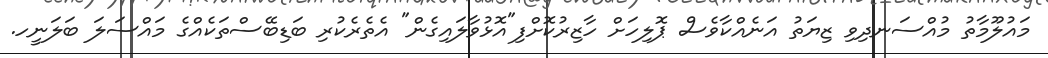
މައުލޫމާތު މުއްސަނދިވި ޒިޔަތު އަނެއްކާވެސް ޕޮލިހަށް ހާޒިރުކޮށްފި"އޮޅުވާލައިގެން" އެތެރެކުރި ބަޑިބޭސްތަކެއްގެ މައްސަލަ ބަލަނީހ.